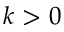
k > 0